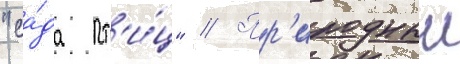
"са́да пт'и́ц" // Пр'иродныи